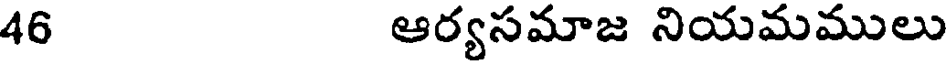
46 ఆర్యసమాజ నియమములు